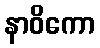
နာဝိကော